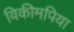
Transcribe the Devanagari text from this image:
विकीमपिया